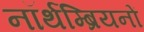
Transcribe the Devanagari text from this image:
नॉर्थम्ब्रियनों